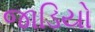
જાડિયો